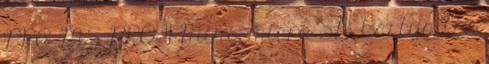
PRO MS PRO 11 Mini, micro SD kártya Az